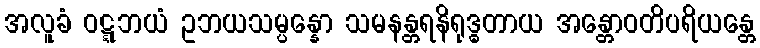
အလူခံ ဝဋ္ဋဘယံ ဥဘယသမ္ပန္နော သမနန္တရနိရုဒ္ဓတာယ အန္တောဝတိပရိယန္တေ